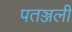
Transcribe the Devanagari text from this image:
पतञ्जली